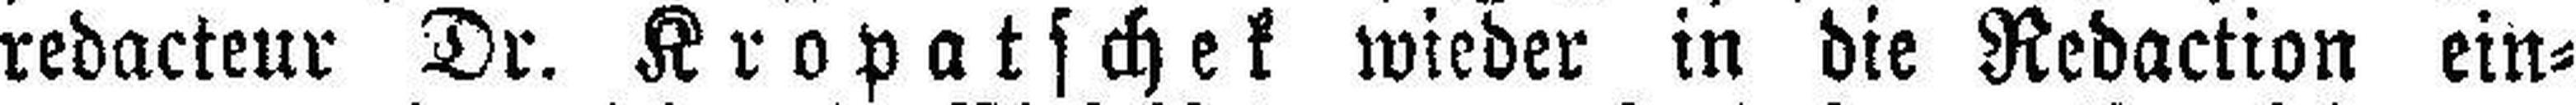
redacteur Dr. Kropatschek wieder in die Redaction ein¬